Indian journal of veterinary science and animal husbandry - Volume 14,
Year: 1944
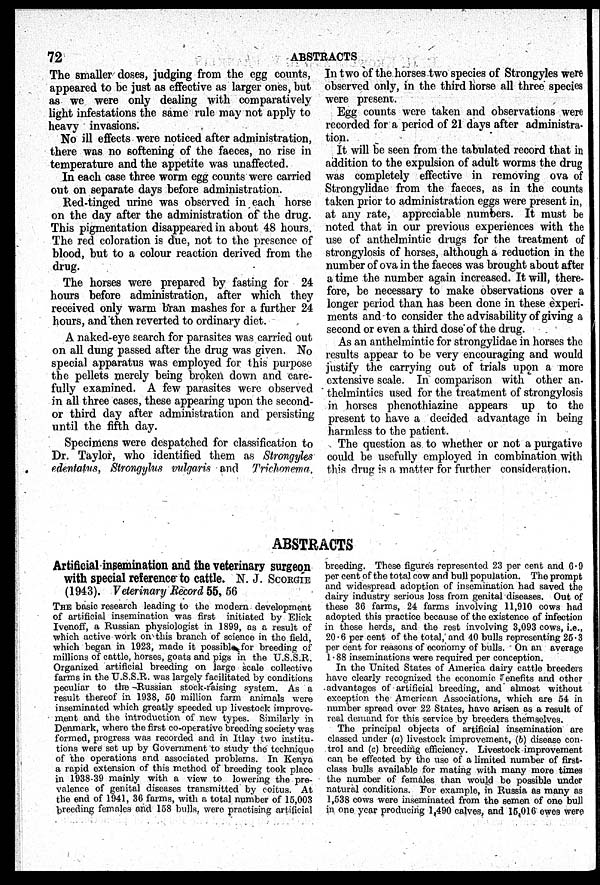
72
ABSTRACTS
The smaller doses, judging from the egg counts,
appeared to be just as effective as larger ones, but
as we were only dealing with comparatively
light infestations the same rule may not apply to
heavy invasions.
No ill effects were noticed after administration,
there was no softening of the faeces, no rise in
temperature and the appetite was unaffected.
In each case three worm egg counts were carried
out on separate days before administration.
Red-tinged urine was observed in each horse
on the day after the administration of the drug.
This pigmentation disappeared in about 48 hours.
The red coloration is due, not to the presence of
blood, but to a colour reaction derived from the
drug.
The horses were prepared by fasting for 24
hours before administration, after which they
received only warm bran mashes for a further 24
hours, and then reverted to ordinary diet.
A naked-eye search for parasites was carried out
on all dung passed after the drug was given. No
special apparatus was employed for this purpose
the pellets merely being broken down and care-
fully examined. A few parasites were observed
in all three cases, these appearing upon the second-
or third day after administration and persisting
until the fifth day.
Specimens were despatched for classification to
Dr. Taylor, who identified them as Strongyles
edentatus, Strongylus vulgaris and Trichonema.
In two of the horses two species of Strongyles were
observed only, in the third horse all three species
were present.
Egg counts were taken and observations were
recorded for a period of 21 days after administra-
tion.
It will be seen from the tabulated record that in
addition to the expulsion of adult worms the drug
was completely effective in removing ova of
Strongylidae from the faeces, as in the counts
taken prior to administration eggs were present in,
at any rate, appreciable numbers. It must be
noted that in our previous experiences with the
use of anthelmintic drugs for the treatment of
strongylosis of horses, although a reduction in the
number of ova in the faeces was brought about after
a time the number again increased. It will, there-
fore, be necessary to make observations over a
longer period than has been done in these experi-
ments and to consider the advisability of giving a
second or even a third dose of the drug.
As an anthelmintic for strongylidae in horses the
results appear to be very encouraging and would
justify the carrying out of trials upon a more
extensive scale. In comparison with other an-
thelmintics used for the treatment of strongylosis
in horses phenothiazine appears up to the
present to have a decided advantage in being
harmless to the patient.
The question as to whether or not a purgative
could be usefully employed in combination with
this drug is a matter for further consideration.
ABSTRACTS
Artificial insemination and the veterinary surgeon
with special reference to cattle. N. J. SCORGIE
(1943). Veterinary Record 55, 56
THE basic research leading to the modern development
of artificial insemination was first initiated by Elick
Ivenoff, a Russian physiologist in 1899, as a result of
which active work on this branch of science in the field,
which began in 1923, made it possible for breeding of
millions of cattle, horses, goats and pigs in the U.S.S.R.
Organized artificial breeding on large scale collective
farms in the U.S.S.R. was largely facilitated by conditions
peculiar to the Russian stock-raising system. As a
result thereof in 1938, 50 million farm animals were
inseminated which greatly speeded up livestock improve-
ment and the introduction of new types. Similarly in
Denmark, where the first co-operative breeding society was
formed, progress was recorded and in Itlay two institu-
tions were set up by Government to study the technique
of the operations and associated problems. In Kenya
a rapid extension of this method of breeding took place
in 1938-39 mainly with a view to lowering the pre-
valence of genital diseases transmitted by coitus. At
the end of 1941, 36 farms, with a total number of 15,003
breeding females and 158 bulls, were practising artificial
breeding. These figures represented 23 per cent and 6.9
per cent of the total cow and bull population. The prompt
and widespread adoption of insemination had saved the
dairy industry serious loss from genital diseases. Out of
these 36 farms, 24 farms involving 11,910 cows had
adopted this practice because of the existence of infection
in these herds, and the rest involving 3,093 cows, i.e.,
20.6 per cent of the total, and 40 bulls representing 25.3
per cent for reasons of economy of bulls. On an average
1.88 inseminations were required per conception.
In the United States of America dairy cattle breeders
have clearly recognized the economic enefits and other
advantages of artificial breeding, and almost without
exception the American Associations, which are 54 in
number spread over 22 States, have arisen as a result of
real demand for this service by breeders themselves.
The principal objects of artificial insemination are
classed under (a) livestock improvement, (b) disease con-
trol and (c) breeding efficiency. Livestock improvement
can be effected by the use of a limited number of first-
class bulls available for mating with many more times
the number of females than would be possible under
natural conditions. For example, in Russia as many as
1,538 cows were inseminated from the semen of one bull
in one year producing 1,490 calves, and 15,016 ewes were